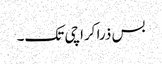
بس ذرا کراچی تک۔